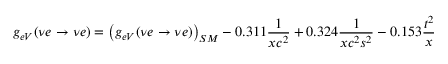
g _ { e V } ( \nu e \rightarrow \nu e ) = \left( g _ { e V } ( \nu e \rightarrow \nu e ) \right) _ { S M } - 0 . 3 1 1 { \frac { 1 } { x c ^ { 2 } } } + 0 . 3 2 4 { \frac { 1 } { x c ^ { 2 } s ^ { 2 } } } - 0 . 1 5 3 { \frac { t ^ { 2 } } { x } }